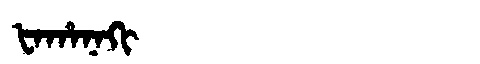
Manchu: ᡶᠠᡥᠠᠨᠠᡴᡳ
Romanization: FAHANAKI